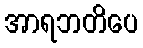
အာရဘတိပေ